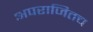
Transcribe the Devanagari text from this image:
अपराजितच